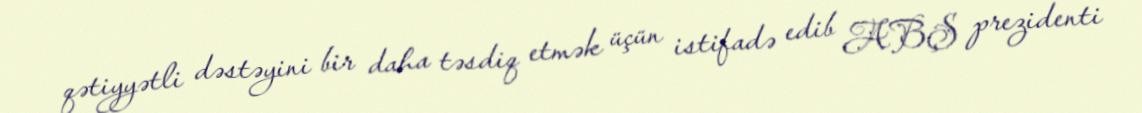
qətiyyətli dəstəyini bir daha təsdiq etmək üçün istifadə edib ABŞ prezidenti